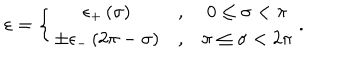
LaTeX: \varepsilon = \left\{ \begin{array} { c c c } { { \epsilon _ { + } \left( \sigma \right) } } & { { , } } & { { 0 \leq \sigma < \pi } } \\ { { \pm \epsilon _ { - } \left( 2 \pi - \sigma \right) } } & { { , } } & { { \pi \leq \sigma < 2 \pi } } \\ \end{array} \right. .